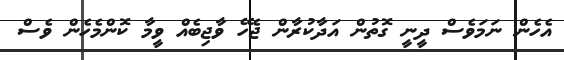
އެހެން ނަމަވެސް ދީނީ ގޮތުން އަދާކުރާން ޖެހޭ ވާޖިބެއް ވީމާ ކޮންމެހެން ވެސް